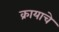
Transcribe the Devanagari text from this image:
क्रायाचे